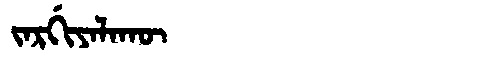
Manchu: ᠵᠠᡵᡤᡳᠶᠠᠯᠠᡴᡡ
Romanization: JARGIYALAKŪ